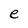
Character: e